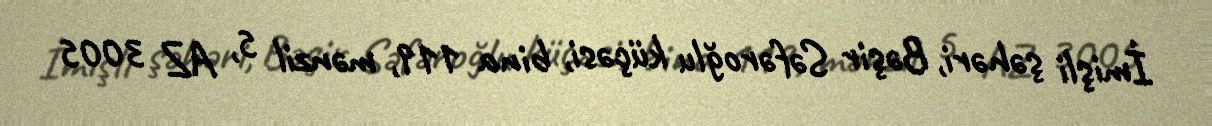
İmişli şəhəri, Bəşir Səfəroğlu küçəsi, bina 119, mənzil 5, AZ 3005